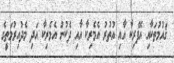
ޤައުމުތަކާއި އެފްރިކާ އާއި އުތުރު އެމެރިކާ އާއި ދެކުނު އެމެރިކާ އަދި މެދުއިރުމަތީގެ